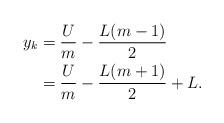
LaTeX: \begin{align*} y_k &=\frac{U}{m}-\frac{L(m-1)}{2}\\ &=\frac{U}{m}-\frac{L(m+1)}{2}+L. \end{align*}